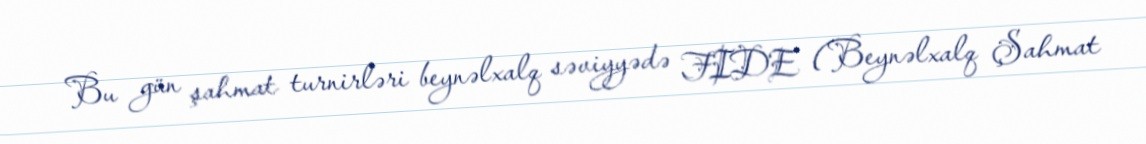
Bu gün şahmat turnirləri beynəlxalq səviyyədə FIDE (Beynəlxalq Şahmat